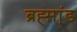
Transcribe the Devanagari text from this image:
ब्रह्म़ा़ंड